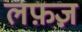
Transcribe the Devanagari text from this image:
लफ़ज़